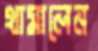
থামালেন